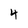
Character: 4